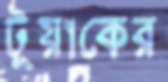
টুয়াকের